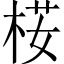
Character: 𣒢